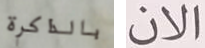
بالذاكرة الان